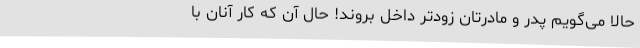
حالا می‌گویم پدر و مادرتان زودتر داخل بروند! حال آن که کار آنان با